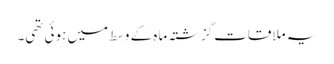
یہ ملاقات گزشتہ ماہ کے وسط میں ہوئی تھی۔